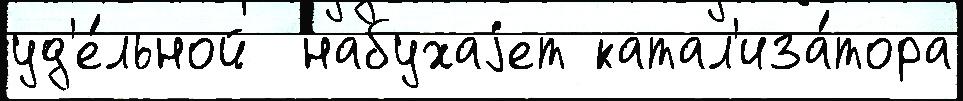
уд'е́льной  набухаjет катал'иза́тора